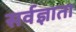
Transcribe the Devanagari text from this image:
सर्वज्ञाता